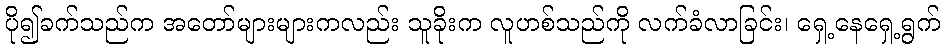
ပို၍ခက်သည်က အတော်များများကလည်း သူခိုးက လူဟစ်သည်ကို လက်ခံလာခြင်း၊ ရှေ့နေရှေ့ရွက်